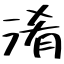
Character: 淆